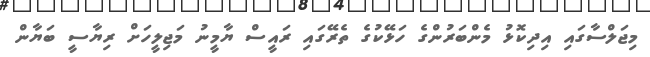
މިޖަލްސާގައި އިދިކޮޅު މެންބަރުންގެ ހަޅޭކުގެ ތެރޭގައި ރައީސް ޔާމީނު މަޖިލީހަށް ރިޔާސީ ބަޔާން